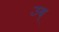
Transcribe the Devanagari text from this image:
उब्